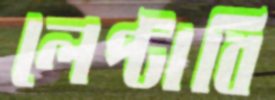
লেপ্‌টাবি